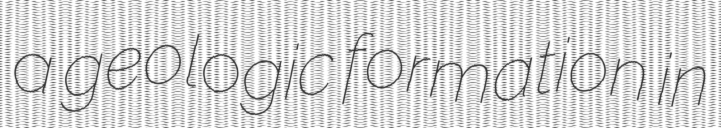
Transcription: a geologic formation in